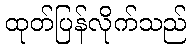
ထုတ်ပြန်လိုက်သည်